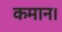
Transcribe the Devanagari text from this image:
कमान।